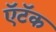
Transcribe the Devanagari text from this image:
ऍटॅक